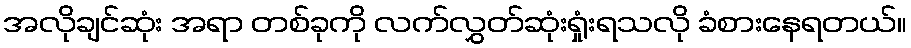
အလိုချင်ဆုံး အရာ တစ်ခုကို လက်လွှတ်ဆုံးရှုံးရသလို ခံစားနေရတယ်။